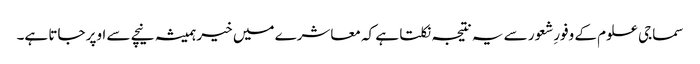
سماجی علوم کے وفورِشعور سے یہ نتیجہ نکلتا ہے کہ معاشرے میں خیر ہمیشہ نیچے سے اوپر جاتا ہے۔